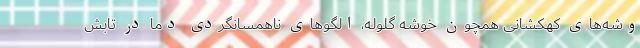
وشه‌های کهکشانی همچون خوشه گلوله، الگوهای ناهمسانگردی دما در تابش